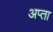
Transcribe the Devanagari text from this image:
अप्ता